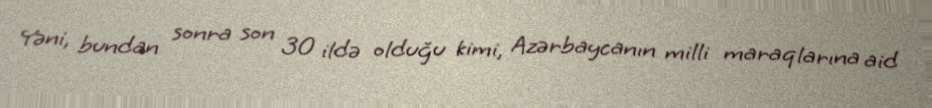
Yəni, bundan sonra son 30 ildə olduğu kimi, Azərbaycanın milli maraqlarına aid